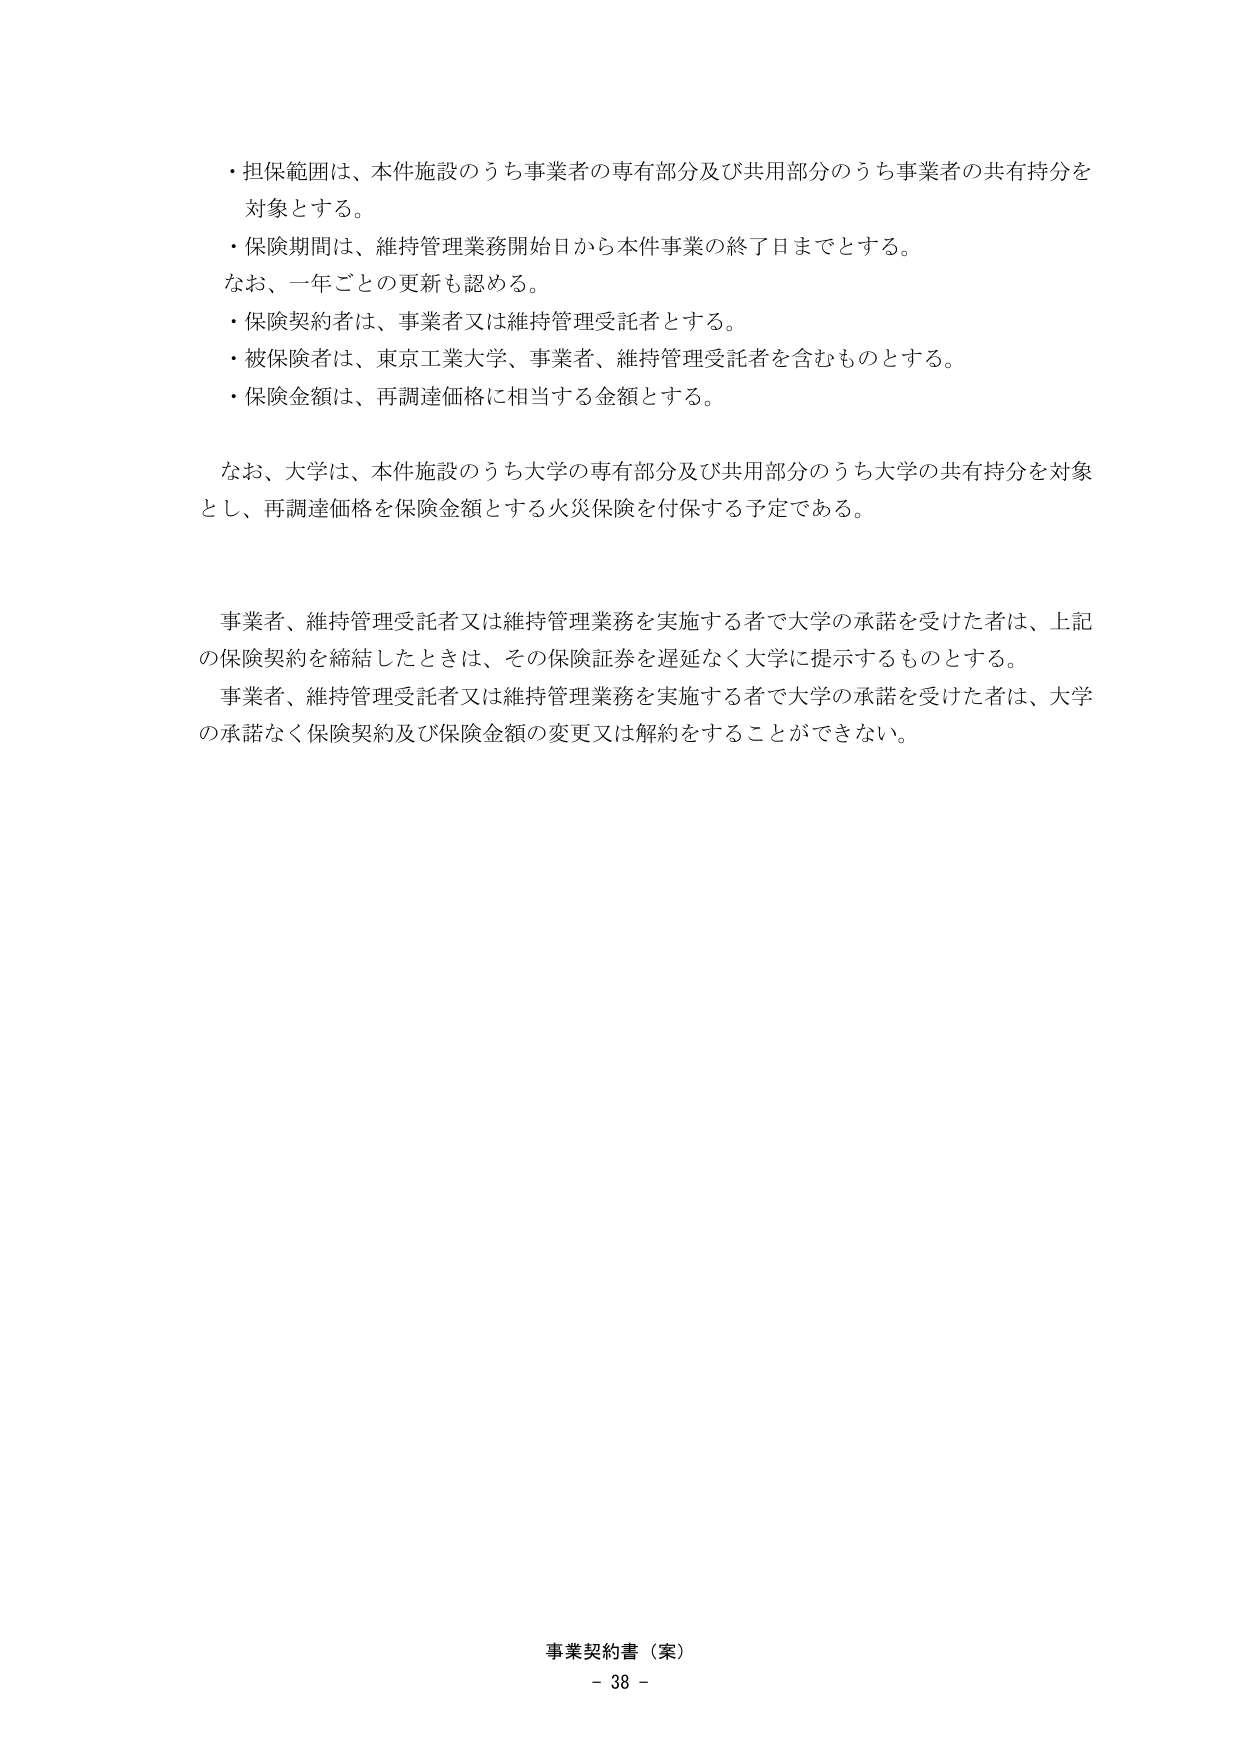
・担保範囲は、本件施設のうち事業者の専有部分及び共用部分のうち事業者の共有持分を対象とする。

・保険期間は、維持管理業務開始日から本件事業の終了日までとする。
なお、一年ごとの更新も認める。

・保険契約者は、事業者又は維持管理受託者とする。

・被保険者は、東京工業大学、事業者、維持管理受託者を含むものとする。

・保険金額は、再調達価格に相当する金額とする。

なお、大学は、本件施設のうち大学の専有部分及び共用部分のうち大学の共有持分を対象とし、再調達価格を保険金額とする火災保険を付保する予定である。

事業者、維持管理受託者又は維持管理業務を実施する者で大学の承諾を受けた者は、上記の保険契約を締結したときは、その保険証券を遅延なく大学に提示するものとする。

事業者、維持管理受託者又は維持管理業務を実施する者で大学の承諾を受けた者は、大学の承諾なく保険契約及び保険金額の変更又は解約をすることができない。

事業契約書（案）
- 38 -